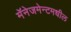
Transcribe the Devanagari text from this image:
मॅनेजमेन्टमधील